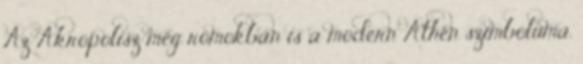
Az Akropolisz még romokban is a modern Athén szimbóluma.